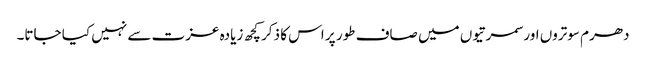
دھرم سوتروں اور سمرتیوں میں صاف طور پر اس کا ذکر کچھ زیادہ عزت سے نہیں کیا جاتا۔